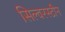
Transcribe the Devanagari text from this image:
सिल्वरस्टीन